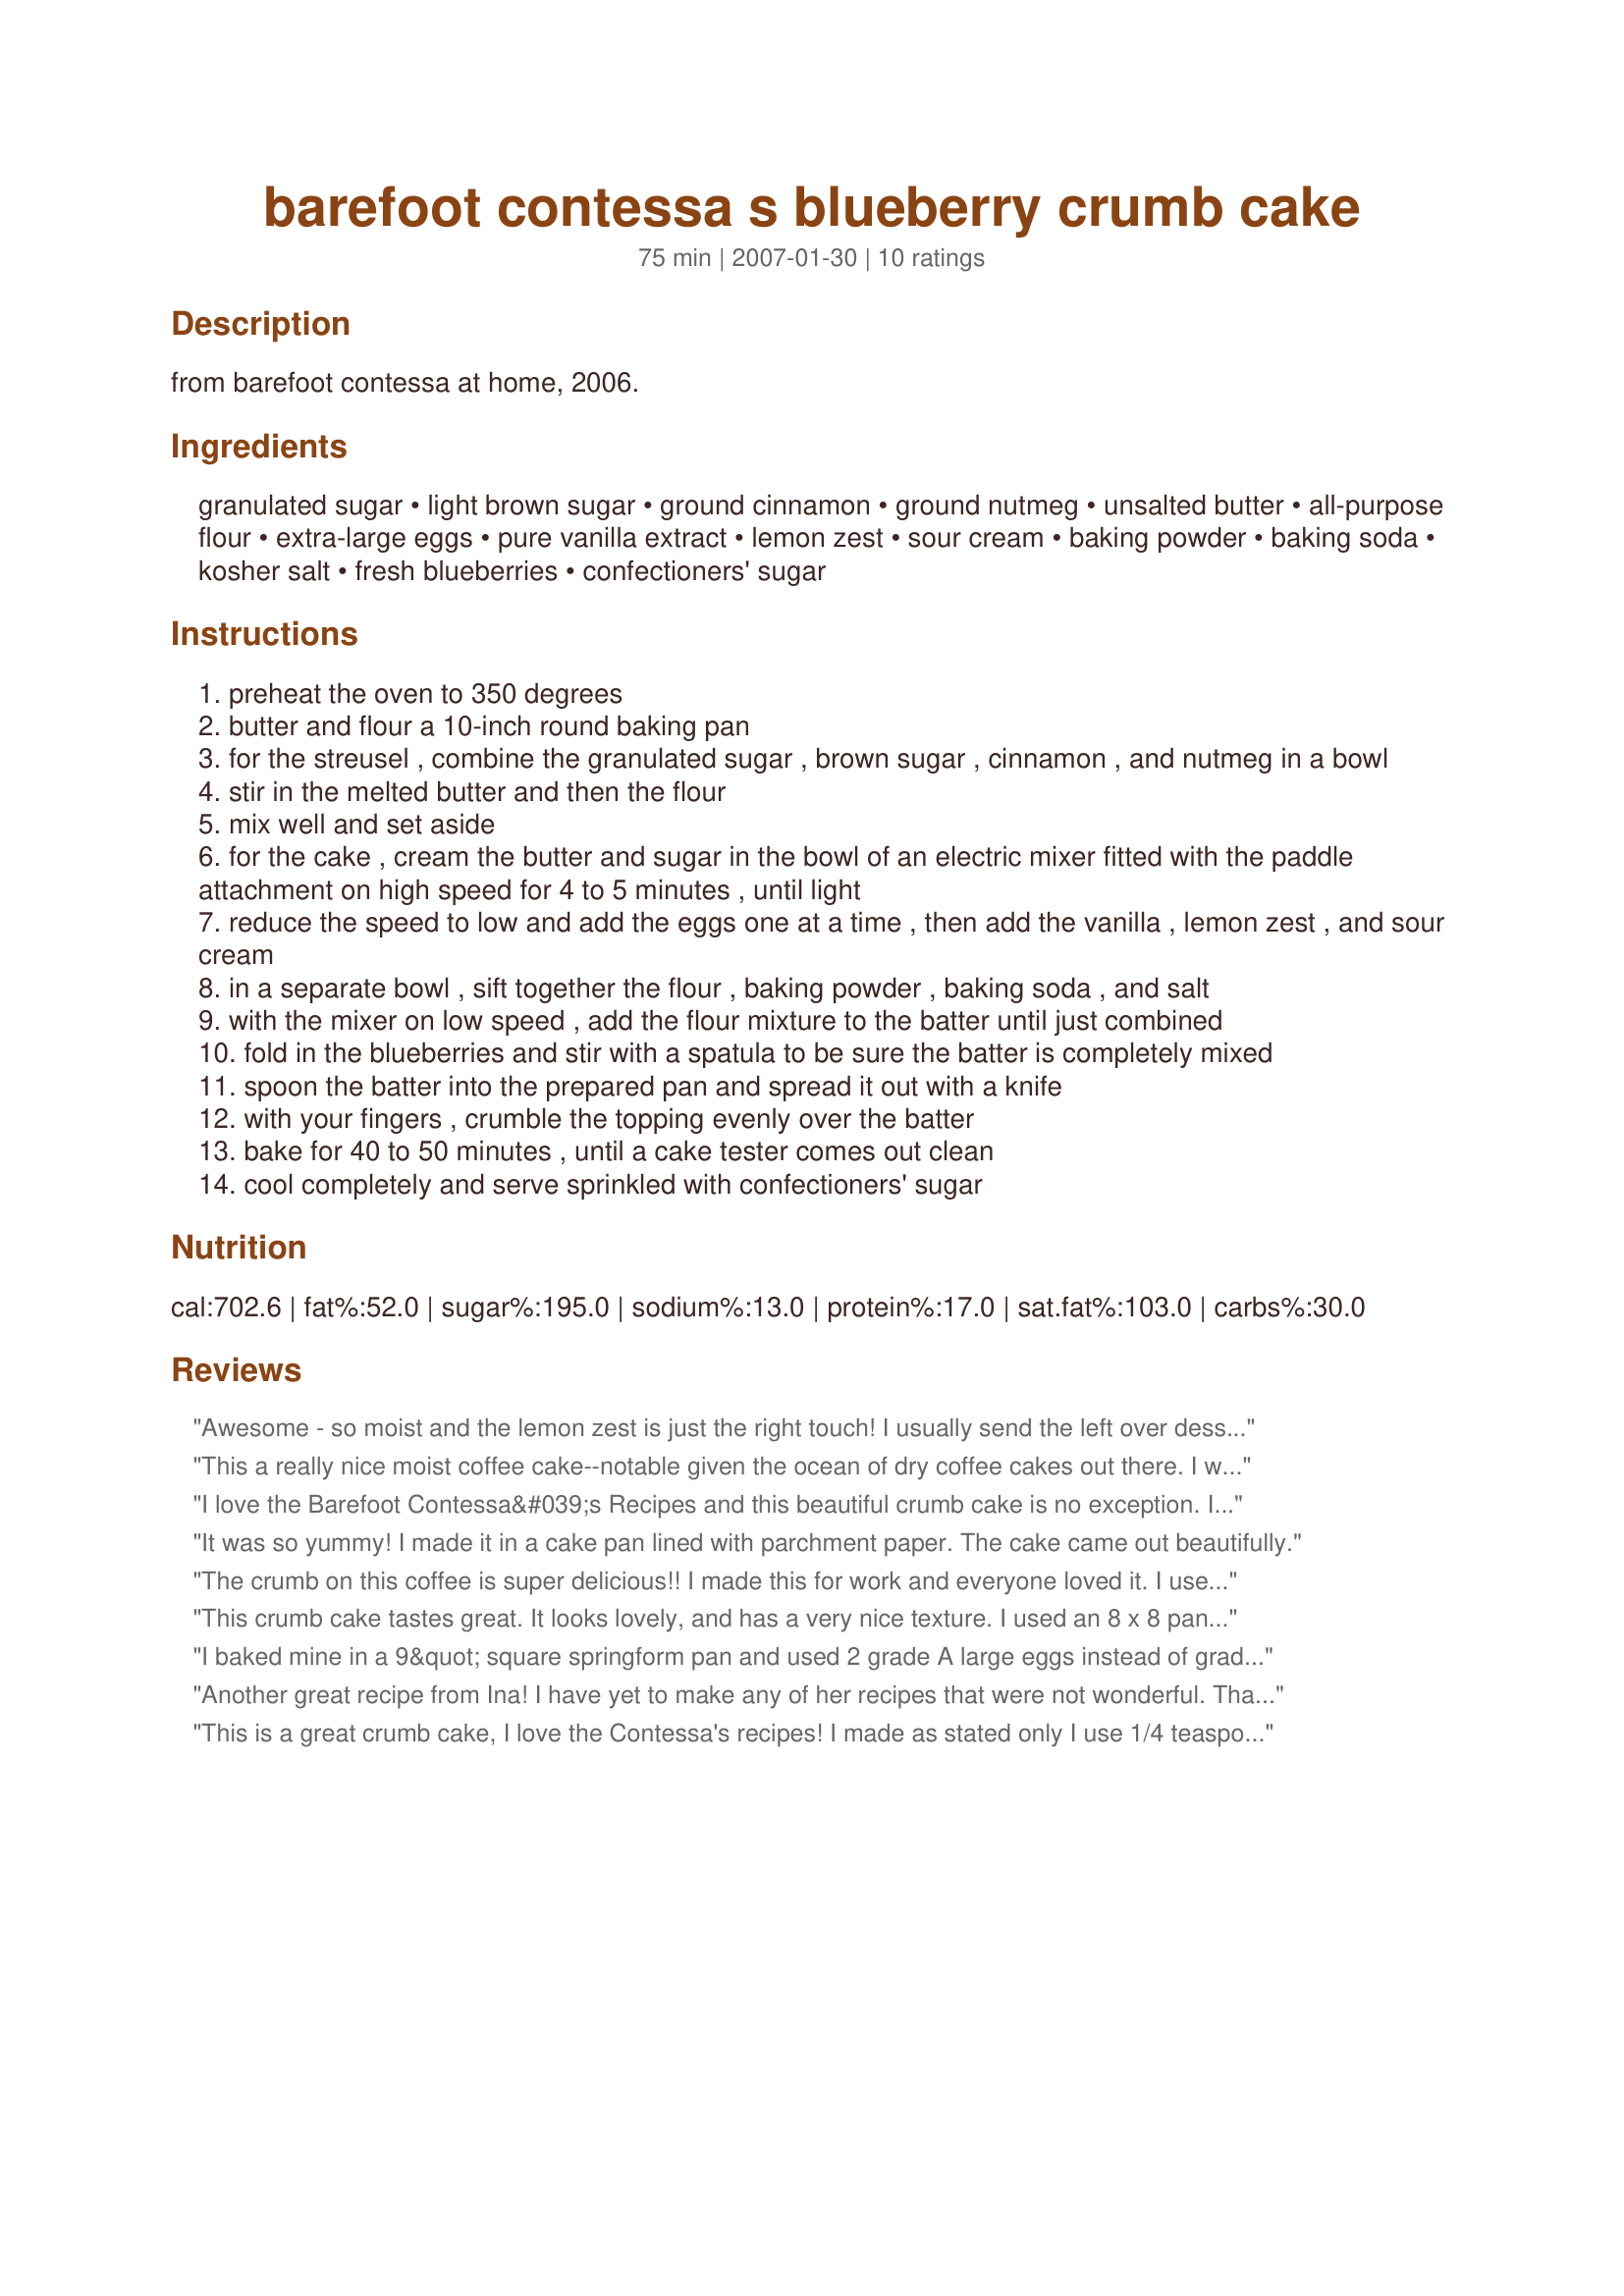
barefoot contessa s blueberry crumb cake
Preparation time: 75 minutes

from barefoot contessa at home, 2006.

Ingredients:
granulated sugar, light brown sugar, ground cinnamon, ground nutmeg, unsalted butter, all-purpose flour, extra-large eggs, pure vanilla extract, lemon zest, sour cream, baking powder, baking soda, kosher salt, fresh blueberries, confectioners' sugar

Steps:
preheat the oven to 350 degrees
butter and flour a 10-inch round baking pan
for the streusel , combine the granulated sugar , brown sugar , cinnamon , and nutmeg in a bowl
stir in the melted butter and then the flour
mix well and set aside
for the cake , cream the butter and sugar in the bowl of an electric mixer fitted with the paddle attachment on high speed for 4 to 5 minutes , until light
reduce the speed to low and add the eggs one at a time , then add the vanilla , lemon zest , and sour cream
in a separate bowl , sift together the flour , baking powder , baking soda , and salt
with the mixer on low speed , add the flour mixture to the batter until just combined
fold in the blueberries and stir with a spatula to be sure the batter is completely mixed
spoon the batter into the prepared pan and spread it out with a knife
with your fingers , crumble the topping evenly over the batter
bake for 40 to 50 minutes , until a cake tester comes out clean
cool completely and serve sprinkled with confectioners' sugar

Reviews:
Awesome - so moist and the lemon zest is just the right touch! I usually send the left over dessert home with my family but I kept all the leftovers for myself!!!
This a really nice moist coffee cake--notable given the ocean of dry coffee cakes out there. I watched Ina do it on a show yesterday and thought I'd peek to see if it was on 'zaar so I could give feedback.
I substituted about 1.5 cups fresh sliced strawberries for the blueberries and it worked great. It was funny when I discovered that the topping has *more* butter and flour than the cake itself! Made me laugh because I had just barely enough for both--once the cake batter was made and I turned my attention to the topping, I realized the topping is not just an afterthought!!! Heh. I recommend it!
I love the Barefoot Contessa&#039;s Recipes and this beautiful crumb cake is no exception. It was the bomb. It rose beautifully, has a great texture the blueberries were fresh and bold, tart and sweet, simply perfect. The crumb was the pefect icing on the cake. I took it to a bbq and everyone raved about it. Thanks so much for sharing your wonderful recipe. Made for Name that Ingredient.
It was so yummy! I made it in a cake pan lined with parchment paper. The cake came out beautifully.
The crumb on this coffee is super delicious!! I made this for work and everyone loved it. I used frozen mixed berries and they worked great (though it does make your cake all purple). Tasted great. I made this in a cheesecake spring form pan. Thank you for posting this great recipe!!
This crumb cake tastes great. It looks lovely, and has a very nice texture. I used an 8 x 8 pan, and that worked out well (baking time was just a bit longer, though). Thanks for explicit directions, Juenessa. This is a very nice way to use up blueberries.
I baked mine in a 9&quot; square springform pan and used 2 grade A large eggs instead of grade A extra large eggs. The cake part is not real sweet but because there is enough struesel to completely cover the top of the cake, the end result is a cake that had, IMO, the perfect amount of sweetness.
Another great recipe from Ina!
I have yet to make any of her recipes that were not wonderful.
Thanks for submitting this one!
This is a great crumb cake, I love the Contessa's recipes! I made as stated only I use 1/4 teaspoon of regular salt as I ran out of kosher salt, if you do have a 10-inch cake pan I would recommend using it for this recipe, the batter and streusel fills the pan pretty much to the top, if using a 9-inch pan place a baking sheet underneath just in case of any spills, thanks for J!...Kitten:)
